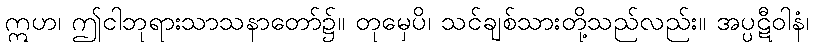
ဣဟ၊ ဤငါဘုရားသာသနာတော်၌။ တုမှေပိ၊ သင်ချစ်သားတို့သည်လည်း။ အပ္ပဋီဝါနံ၊